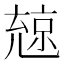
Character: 𠒨